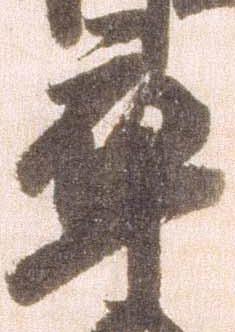
卒